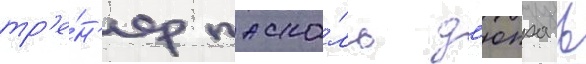
тр'е́н'ер паска́ль д'юпра в